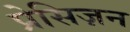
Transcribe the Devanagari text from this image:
प्रेसिज़न